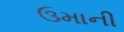
ઉમાની